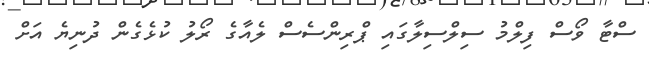
ސްޓާ ވޯސް ފިލްމު ސިލްސިލާގައި ޕްރިންސެސް ލެއާގެ ރޯލު ކުޅެގެން ދުނިޔެ އަށް